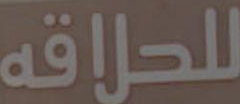
للحلاقه